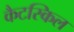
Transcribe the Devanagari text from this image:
कैटस्किल